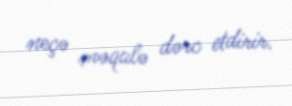
neçə məqalə dərc etdirir.